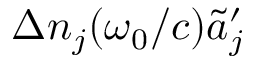
\Delta n _ { j } ( \omega _ { 0 } / c ) \tilde { a } _ { j } ^ { \prime }